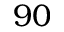
9 0